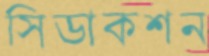
সিডাকশন